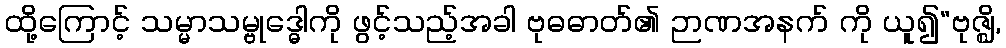
ထို့ကြောင့် သမ္မာသမ္ဗုဒ္ဓေါကို ဖွင့်သည့်အခါ ဗုဓဓာတ်၏ ဉာဏအနက် ကို ယူ၍“ဗုဇ္ဈိ,